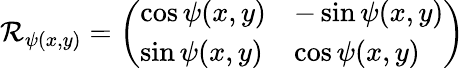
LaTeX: \mathcal{R}_{\psi(x,y)}=\left(\begin{array}{ll}{\cos\psi(x,y)}&{-\sin\psi(x,y)}\\ {\sin\psi(x,y)}&{\cos\psi(x,y)}\end{array}\right)